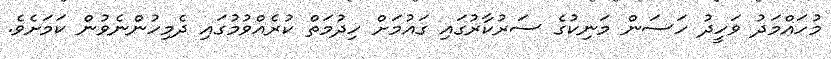
މުހައްމަދު ވަހީދު ހަސަން މަނިކުގެ ސަރުކާރުގައި ގައުމަށް ހިދުމަތް ކުރެއްވުމުގައި ދެމިހުންނެވުން ކަމަށެވެ.